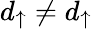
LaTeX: d_{\uparrow}\ne d_{\uparrow}